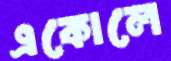
একোলে